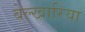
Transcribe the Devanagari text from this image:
बेल्खारिया